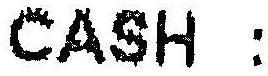
CASH :